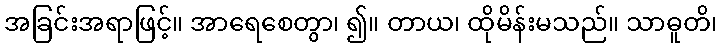
အခြင်းအရာဖြင့်။ အာရေစေတွာ၊ ၍။ တာယ၊ ထိုမိန်းမသည်။ သာဓူတိ၊